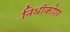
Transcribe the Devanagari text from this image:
निधीकोश